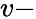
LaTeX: v-